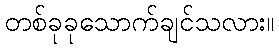
တစ်ခုခုသောက်ချင်သလား။